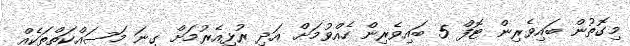
މިގޮތުން ބައިވެރިން ޓޮފް 5 ބައިވެރިން ހެއްވުމަށް އަދި ރުޅިއެރުމަށް ގިނަ މަސައްކަތްތަކެއް